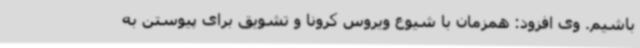
باشیم. وی افزود: همزمان با شیوع ویروس کرونا و تشویق برای پیوستن به